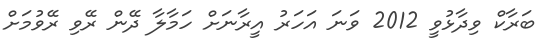
ބަރާކް ވިދާޅުވީ 2012 ވަނަ އަހަރު އީރާނަށް ހަމާލާ ދޭން ރޭވި ރޭވުމަށް